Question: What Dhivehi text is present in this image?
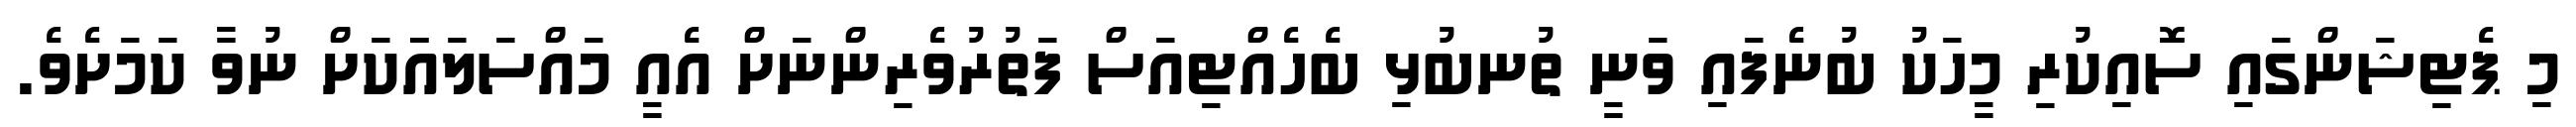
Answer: މި ޕެޓިޝަންގައި ސޮއިކުރި މީހަކު ބުނެފައި ވަނީ ތުނބުޅި ބެހެއްޓިއަސް ފަތުރުވެރިންނަށް އެއީ މައްސަލައަަކަށް ނުވާ ކަމަށެވެ.